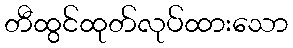
တီထွင်ထုတ်လုပ်ထားသော